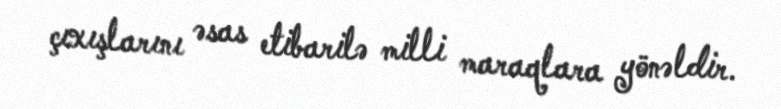
çıxışlarını əsas etibarilə milli maraqlara yönəldir.